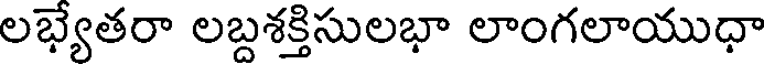
లభ్యేతరా లబ్దశక్తిసులభా లాంగలాయుధా